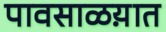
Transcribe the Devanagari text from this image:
पावसाळय़ात